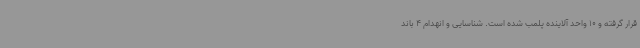
قرار گرفته و 10 واحد آلاینده پلمب شده است. شناسایی و انهدام 4 باند